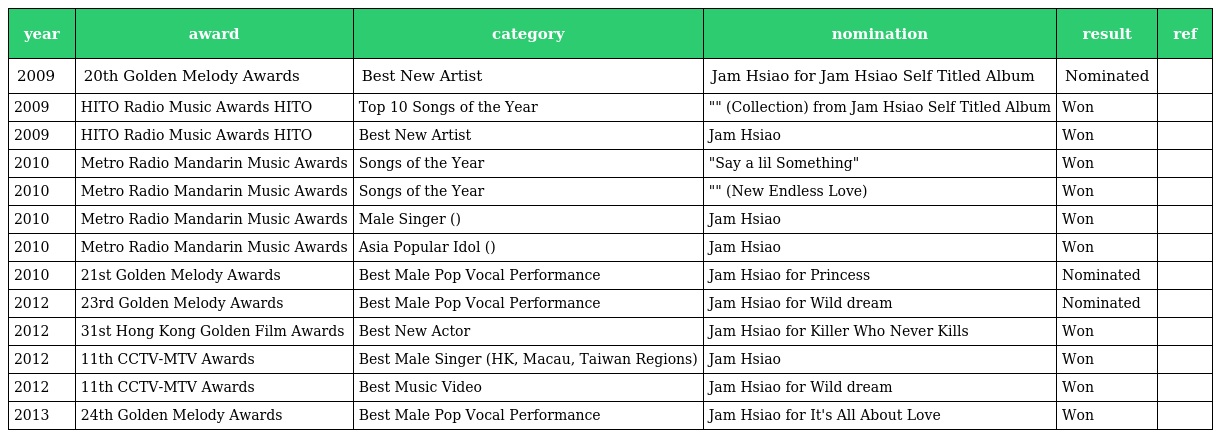
| year | award | category | nomination | result | ref |
 | --- | --- | --- | --- | --- | --- |
 | 2009 | 20th Golden Melody Awards | Best New Artist | Jam Hsiao for Jam Hsiao Self Titled Album | Nominated |  |
 | 2009 | HITO Radio Music Awards HITO流行音樂獎 | Top 10 Songs of the Year | "收藏" (Collection) from Jam Hsiao Self Titled Album | Won |  |
 | 2009 | HITO Radio Music Awards HITO流行音樂獎 | Best New Artist | Jam Hsiao | Won |  |
 | 2010 | Metro Radio Mandarin Music Awards | Songs of the Year | "Say a lil Something" | Won |  |
 | 2010 | Metro Radio Mandarin Music Awards | Songs of the Year | "新不了情" (New Endless Love) | Won |  |
 | 2010 | Metro Radio Mandarin Music Awards | Male Singer (男歌手) | Jam Hsiao | Won |  |
 | 2010 | Metro Radio Mandarin Music Awards | Asia Popular Idol (亞洲人氣偶像) | Jam Hsiao | Won |  |
 | 2010 | 21st Golden Melody Awards | Best Male Pop Vocal Performance | Jam Hsiao for Princess | Nominated |  |
 | 2012 | 23rd Golden Melody Awards | Best Male Pop Vocal Performance | Jam Hsiao for Wild dream | Nominated |  |
 | 2012 | 31st Hong Kong Golden Film Awards | Best New Actor | Jam Hsiao for Killer Who Never Kills | Won |  |
 | 2012 | 11th CCTV-MTV Awards | Best Male Singer (HK, Macau, Taiwan Regions) | Jam Hsiao | Won |  |
 | 2012 | 11th CCTV-MTV Awards | Best Music Video | Jam Hsiao for Wild dream | Won |  |
 | 2013 | 24th Golden Melody Awards | Best Male Pop Vocal Performance | Jam Hsiao for It's All About Love | Won |  |